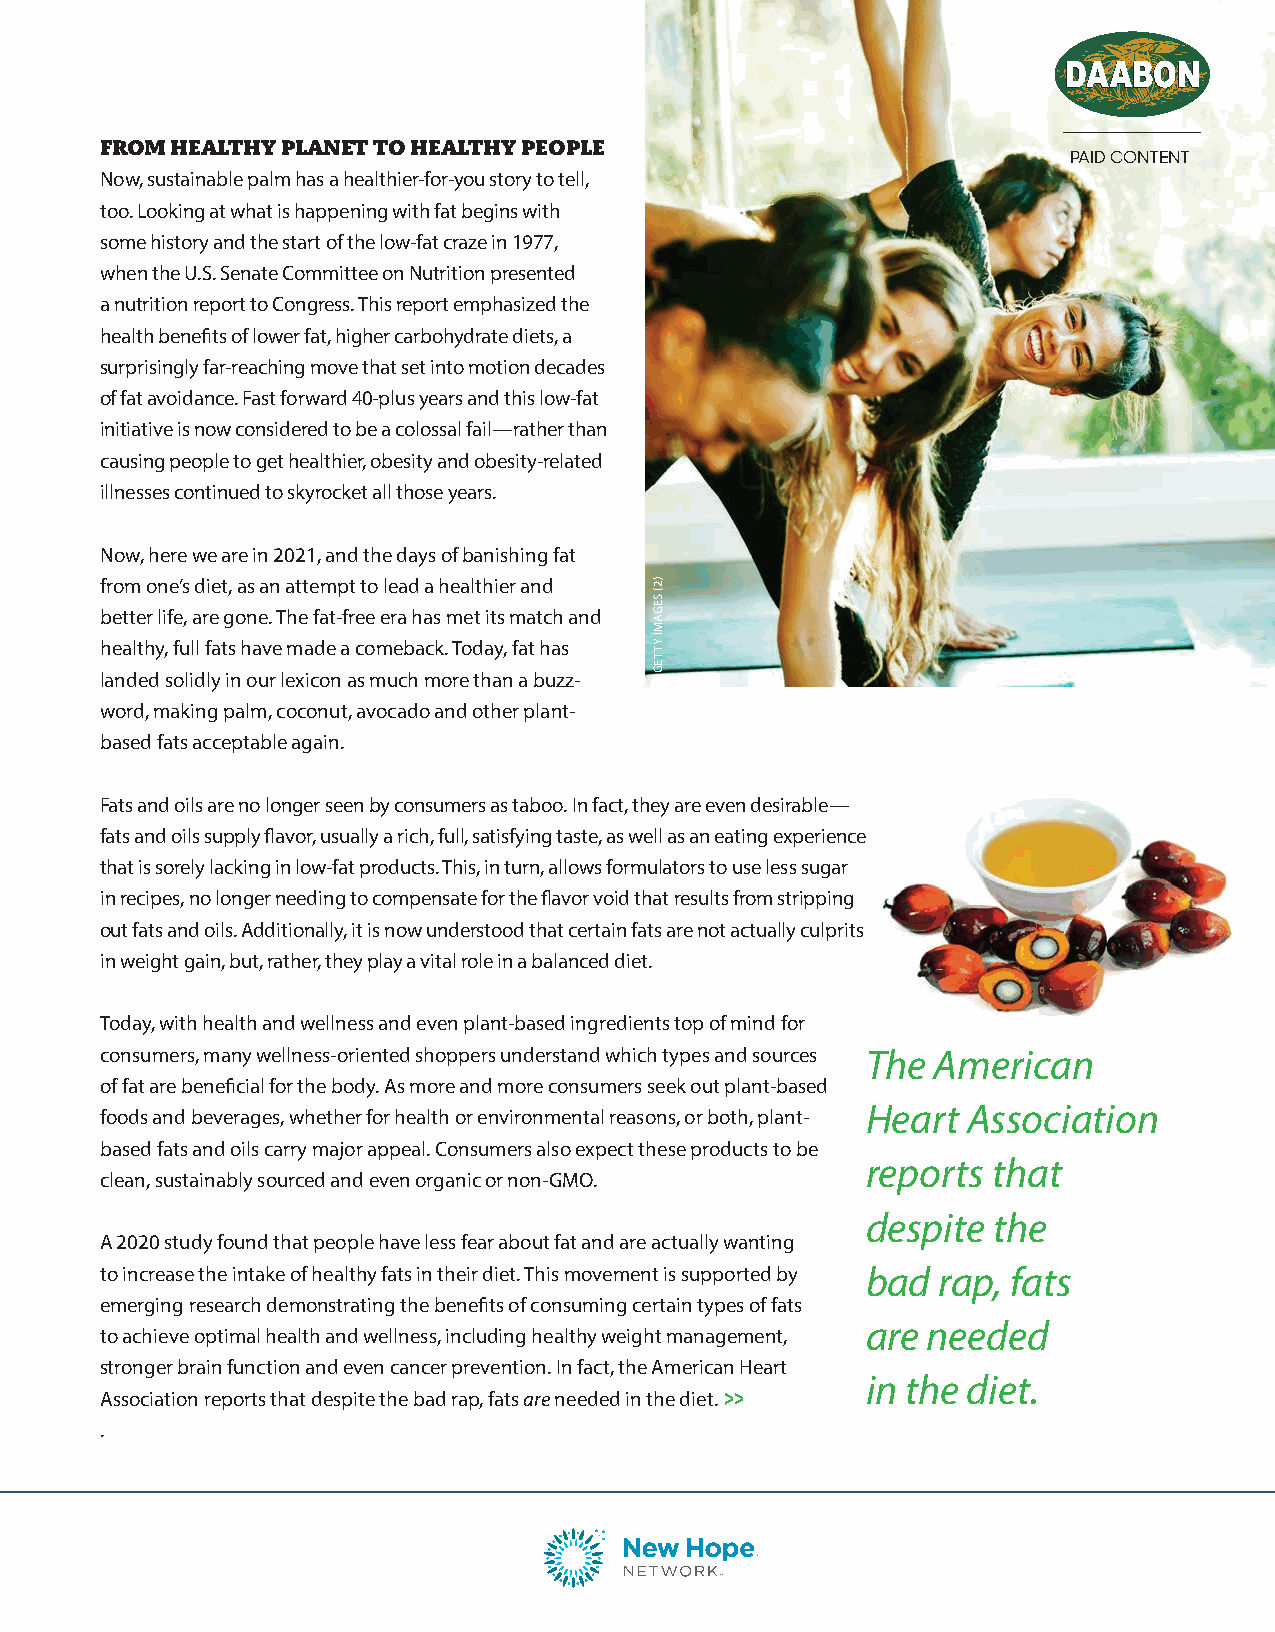
FROM HEALTHY PLANET TO HEALTHY PEOPLE
 PAID CONTENT
 Now, sustainable palm has a healthier-for-you story to tell,
 too. Looking at what is happening with fat begins with
 some history and the start of the low-fat craze in 1977,
 when the U.S. Senate Committee on Nutrition presented
 a nutrition report to Congress. This report emphasized the
 health benefits of lower fat, higher carbohydrate diets, a
 surprisingly far-reaching move that set into motion decades
 of fat avoidance. Fast forward 40-plus years and this low-fat
 initiative is now considered to be a colossal fail—rather than
 causing people to get healthier, obesity and obesity-related
 illnesses continued to skyrocket all those years.
 Now, here we are in 2021, and the days of banishing fat
 from one’s diet, as an attempt to lead a healthier and
 better life, are gone. The fat-free era has met its match and
 healthy, full fats have made a comeback. Today, fat has
 landed solidly in our lexicon as much more than a buzz-
 word, making palm, coconut, avocado and other plant-
 based fats acceptable again.
 Fats and oils are no longer seen by consumers as taboo. In fact, they are even desirable—
 fats and oils supply flavor, usually a rich, full, satisfying taste, as well as an eating experience
 that is sorely lacking in low-fat products. This, in turn, allows formulators to use less sugar
 in recipes, no longer needing to compensate for the flavor void that results from stripping
 out fats and oils. Additionally, it is now understood that certain fats are not actually culprits
 in weight gain, but, rather, they play a vital role in a balanced diet.
 Today, with health and wellness and even plant-based ingredients top of mind for
 consumers, many wellness-oriented shoppers understand which types and sources The American
 of fat are beneficial for the body. As more and more consumers seek out plant-based
 Heart  Association
 foods and beverages, whether for health or environmental reasons, or both, plant-
 based fats and oils carry major appeal. Consumers also expect these products to be
 reports  that
 clean, sustainably sourced and even organic or non-GMO.
 despite  the
 A 2020 study found that people have less fear about fat and are actually wanting
 to increase the intake of healthy fats in their diet. This movement is supported by bad rap, fats
 emerging research demonstrating the benefits of consuming certain types of fats
 are needed
 to achieve optimal health and wellness, including healthy weight management,
 stronger brain function and even cancer prevention. In fact, the American Heart
 in the diet.
 Association reports that despite the bad rap, fats are needed in the diet.
 .
 )2(
 SEGAMI
 YTTEG